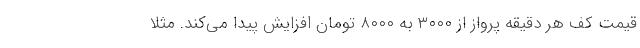
قیمت کف هر دقیقه پرواز از ۳۰۰۰ به ۸۰۰۰ تومان افزایش پیدا می‌کند. مثلاً